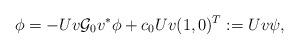
LaTeX: \begin{align*}\phi&=-Uv\mathcal G_0 v^* \phi +c_0Uv(1,0)^T:=Uv \psi,\end{align*}